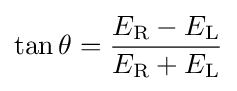
\tan \theta ={\frac {E_{\mathrm {R} }-E_{\mathrm {L} }}{E_{\mathrm {R} }+E_{\mathrm {L} }}}